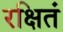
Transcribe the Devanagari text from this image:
रक्षितं